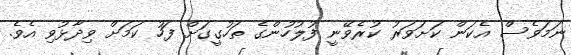
ނަމަވެސް އެކަން ކަށަވަރު ކުރެވޭނީ ފުލުހުންގެ ތަހުގީގަށް ފަހު ކަމަށް ވިދާޅުވި އެވެ.